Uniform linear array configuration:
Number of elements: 12
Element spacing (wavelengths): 0.25
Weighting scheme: exponential
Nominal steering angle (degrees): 15
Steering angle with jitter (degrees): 13.622
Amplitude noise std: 0.05
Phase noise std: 0.05

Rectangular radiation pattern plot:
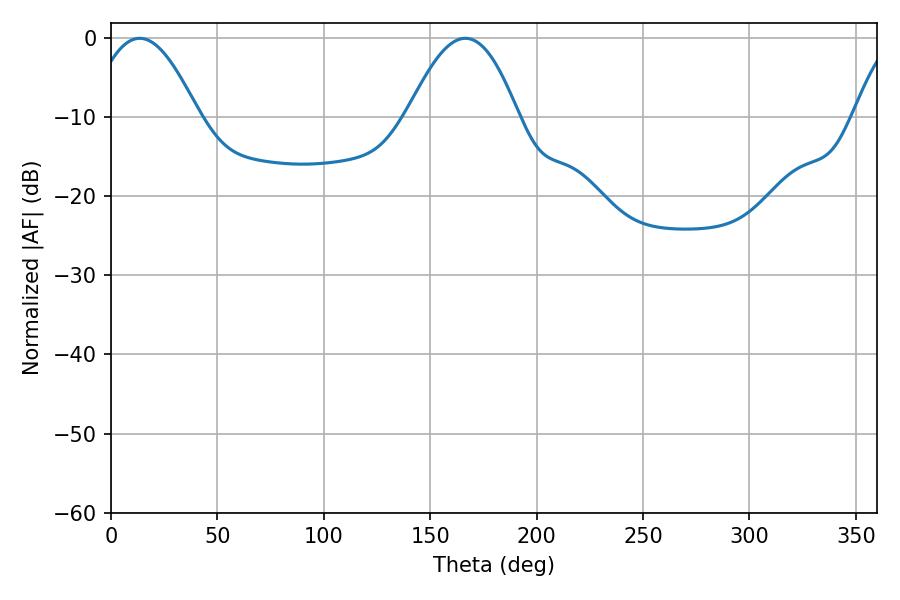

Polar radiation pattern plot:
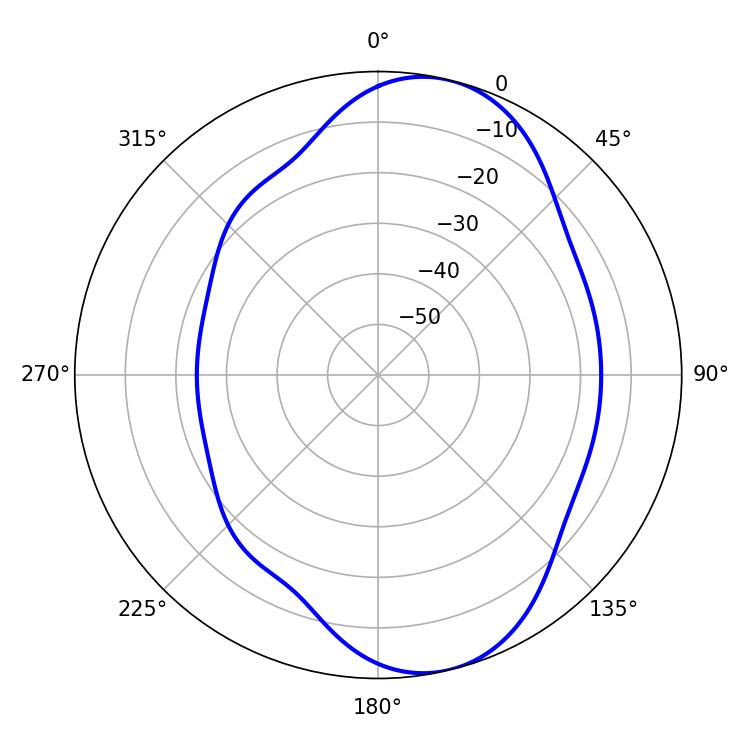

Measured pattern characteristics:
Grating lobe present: FALSE
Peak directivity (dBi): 8.481
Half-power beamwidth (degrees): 28.08
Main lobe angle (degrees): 13.5